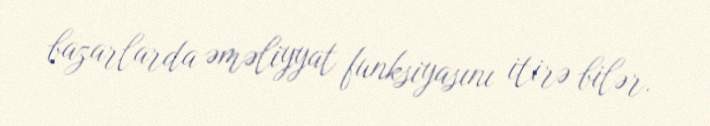
bazarlarda əməliyyat funksiyasını itirə bilər.